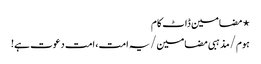
⋆ مضامین ڈاٹ کام
ہوم/مذہبی مضامین/یہ امت، امت دعوت ہے!